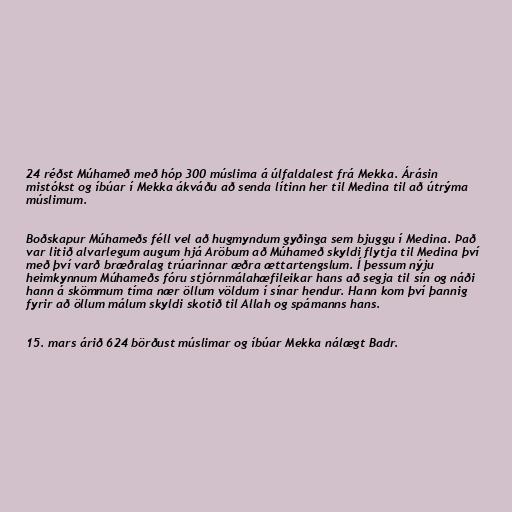
24 réðst Múhameð með hóp 300 múslima á úlfaldalest frá Mekka. Árásin
mistókst og íbúar í Mekka ákváðu að senda lítinn her til Medina til að útrýma
múslimum.

Boðskapur Múhameðs féll vel að hugmyndum gyðinga sem bjuggu í Medina. Það
var litið alvarlegum augum hjá Aröbum að Múhameð skyldi flytja til Medina því
með því varð bræðralag trúarinnar æðra ættartengslum. Í þessum nýju
heimkynnum Múhameðs fóru stjórnmálahæfileikar hans að segja til sín og náði
hann á skömmum tíma nær öllum völdum í sínar hendur. Hann kom því þannig
fyrir að öllum málum skyldi skotið til Allah og spámanns hans.

15. mars árið 624 börðust múslimar og íbúar Mekka nálægt Badr.